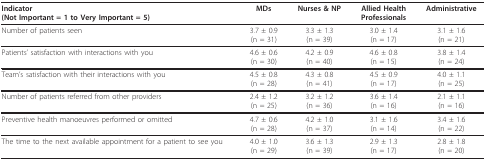
| Indicator(Not Important = 1 to Very Important = 5) | MDs | Nurses & NP | Allied Health Professionals | Administrative |
 | --- | --- | --- | --- | --- |
 | Number of patients seen | 3.7 ± 0.9(n = 31) | 3.3 ± 1.3(n = 39) | 3.0 ± 1.4(n = 17) | 3.1 ± 1.6(n = 21) |
 | Patients' satisfaction with interactions with you | 4.6 ± 0.6(n = 30) | 4.2 ± 0.9(n = 40) | 4.6 ± 0.8(n = 15) | 3.8 ± 1.4(n = 24) |
 | Team's satisfaction with their interactions with you | 4.5 ± 0.8(n = 28) | 4.3 ± 0.8(n = 41) | 4.5 ± 0.9(n = 17) | 4.0 ± 1.1(n = 25) |
 | Number of patients referred from other providers | 2.4 ± 1.2(n = 25) | 3.2 ± 1.2(n = 36) | 3.6 ± 1.4(n = 16) | 2.1 ± 1.1(n = 16) |
 | Preventive health manoeuvres performed or omitted | 4.7 ± 0.6(n = 28) | 4.2 ± 1.0(n = 37) | 3.1 ± 1.6(n = 14) | 3.4 ± 1.6(n = 22) |
 | The time to the next available appointment for a patient to see you | 4.0 ± 1.0(n = 29) | 3.6 ± 1.3(n = 39) | 2.9 ± 1.3(n = 17) | 2.8 ± 1.8(n = 20) |